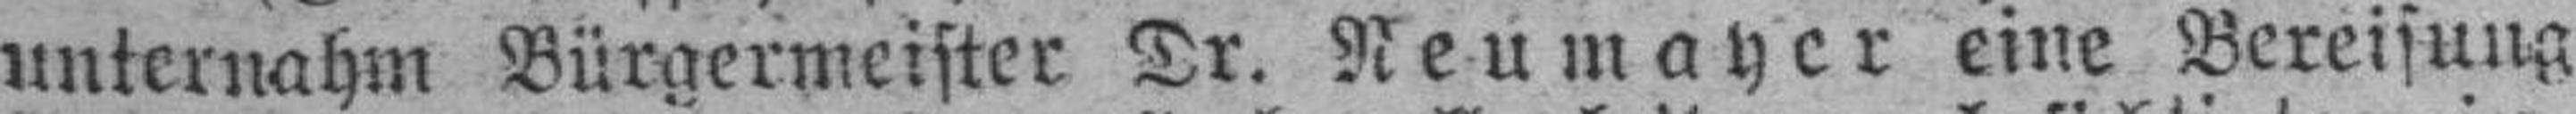
unternahm Bürgermeister Dr. Neumayer eine Bereisung